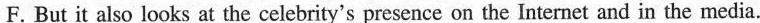
F. But it also looks at the celebrity's presence on the Internet and in the media.